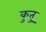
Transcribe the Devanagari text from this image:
कुतु